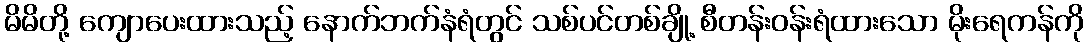
မိမိတို့ ကျောပေးထားသည့် နောက်ဘက်နံရံတွင် သစ်ပင်တစ်ချို့ စီတန်းဝန်းရံထားသော မိုးရေကန်ကို